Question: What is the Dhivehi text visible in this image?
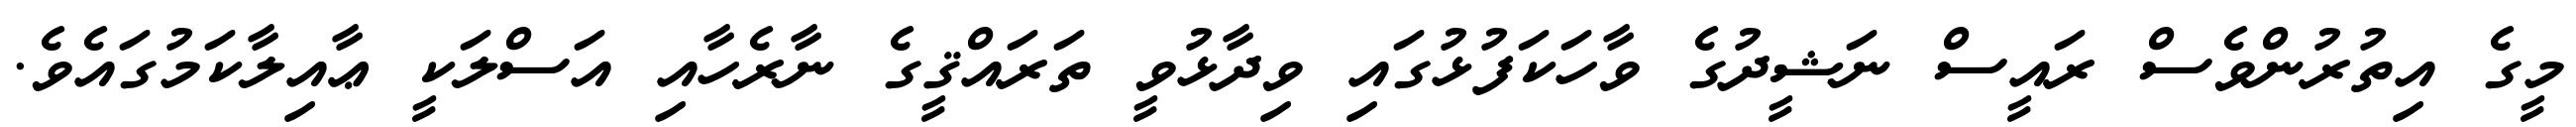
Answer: މީގެ އިތުރުންވެސް ރައީސް ނަޝީދުގެ ވާހަކަފުޅުގައި ވިދާޅުވީ ތަރައްޤީގެ ނާރެހާއި އަސްލަކީ ޢާއިލާކަމުގައެވެ.